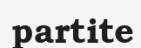
partite